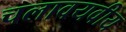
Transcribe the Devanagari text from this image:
चलावयवीय